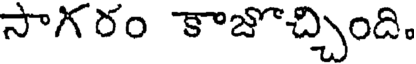
సాగరం కాజొచ్చింది.